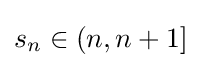
s_{n}\in (n,n+1]